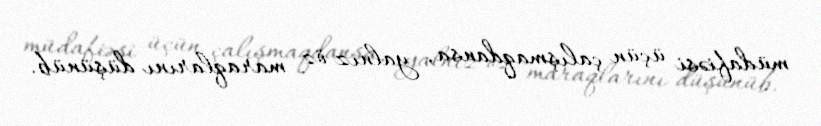
müdafiəsi üçün çalışmaqdansa, yalnız öz maraqlarını düşünüb.